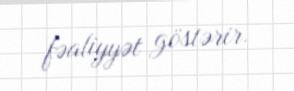
fəaliyyət göstərir.